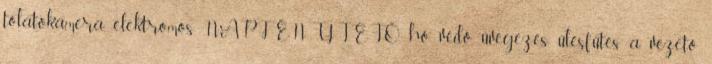
tolatókamera, elektromos NAPFÉNYTETŐ, hő védő üvegezés, ülésfűtés a vezető